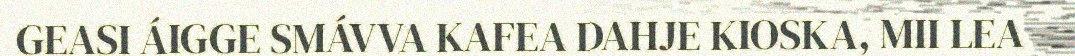
GEASI ÁIGGE SMÁVVA KAFEA DAHJE KIOSKA, MII LEA